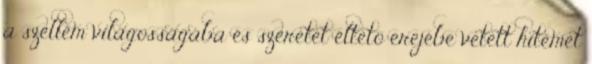
a szellem világosságába és szeretet éltetõ erejébe vetett hitemet